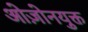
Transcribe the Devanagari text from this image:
ओज़ोनयुक्त